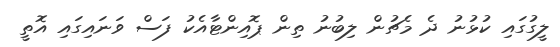
ލީގުގައި ކުޅުނު ދެ މެޗުން ލިބުނު ތިން ޕޮއިންޓާއެކު ފަސް ވަނައިގައި އޮތީ